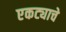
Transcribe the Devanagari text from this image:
एकट्याचे